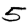
Digit: 5